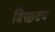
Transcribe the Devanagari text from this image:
विच्छदन